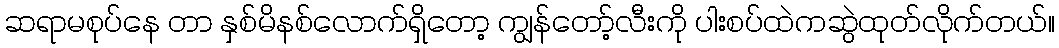
ဆရာမစုပ်နေ တာ နှစ်မိနစ်လောက်ရှိတော့ ကျွန်တော့်လီးကို ပါးစပ်ထဲကဆွဲထုတ်လိုက်တယ်။